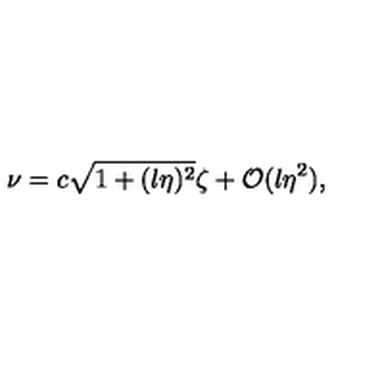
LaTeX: \nu = c \sqrt { 1 + ( l \eta ) ^ { 2 } } \zeta + { \cal O } ( l \eta ^ { 2 } ) ,